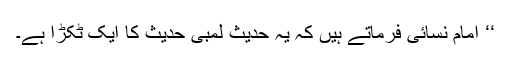
‘‘ امام نسائی فرماتے ہیں کہ یہ حدیث لمبی حدیث کا ایک ٹکڑا ہے۔